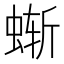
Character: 𰳂